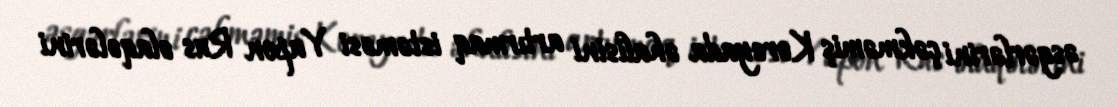
əsgərlərini çəkməmiş Koreyada əhalisini artırmaq istəməsi Yapon Rus əlaqələrini